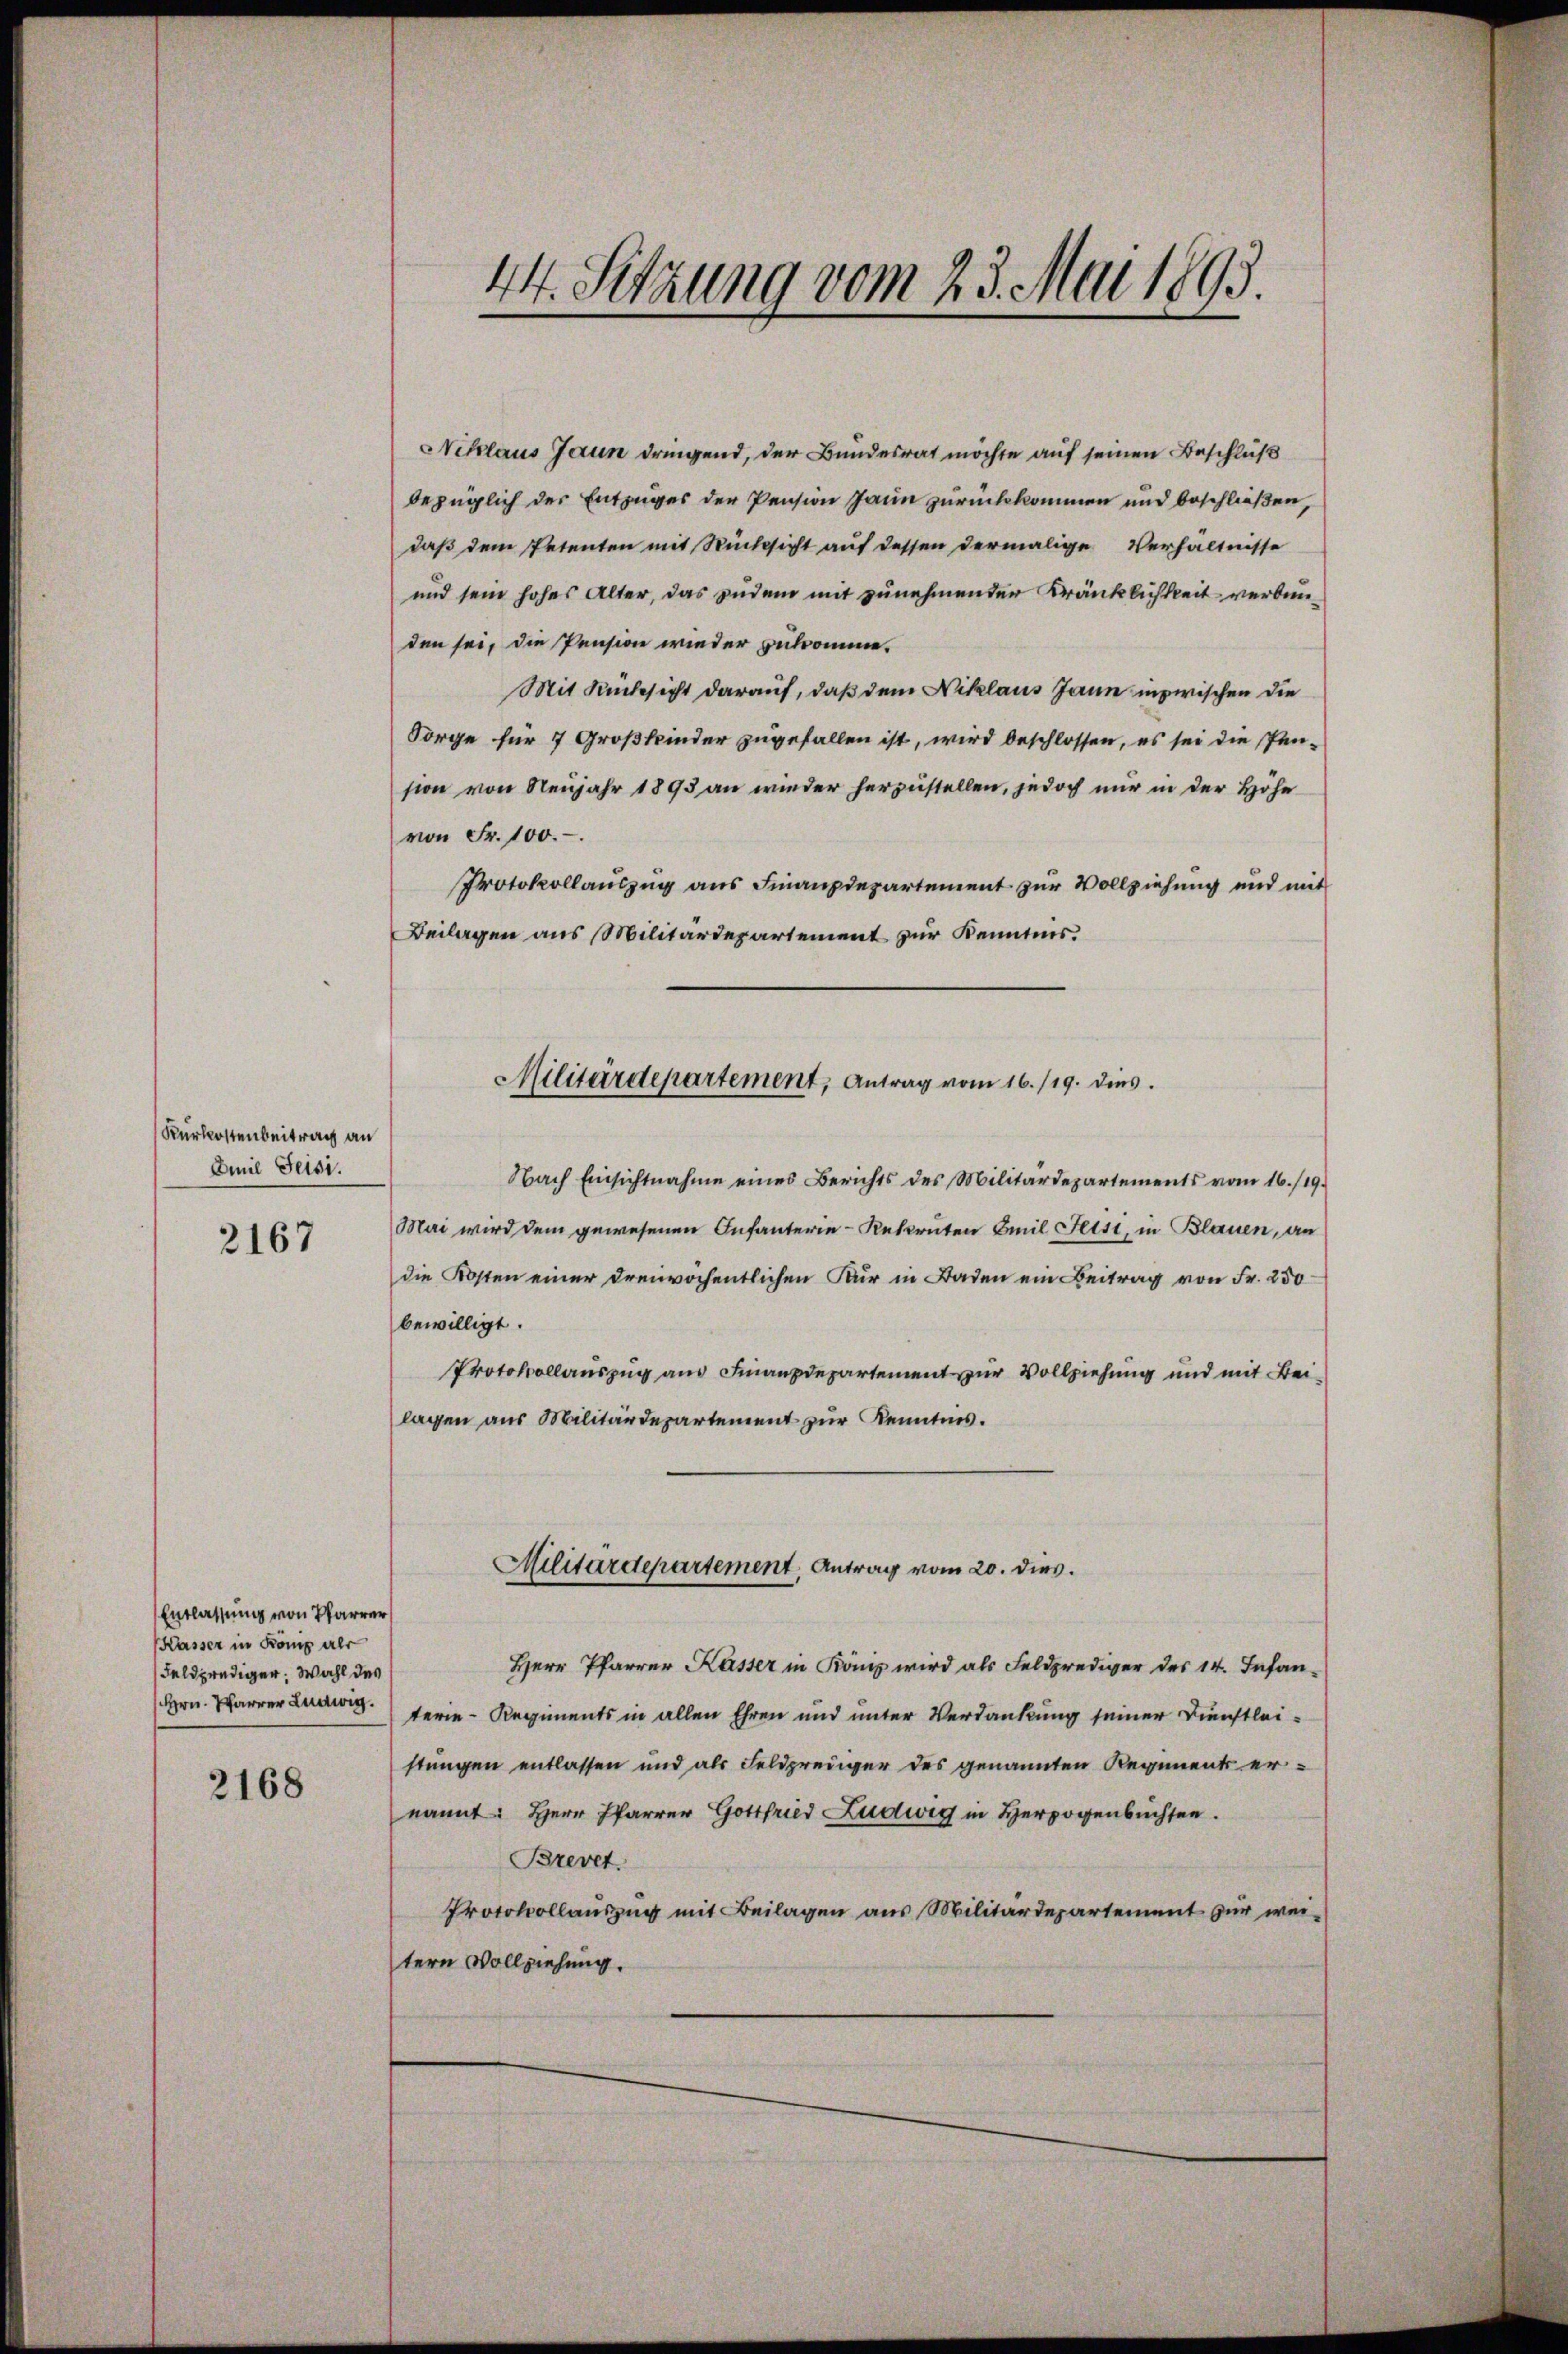
Kurkostenbeitrag an
Emil Seisi.

2167

Entlassung von Pfarrer
Kasser in König als
Feldprediger. Wahl des
Hrn. Pfarrer Ludwig

2168

44. Sitzung vom 23. Mai 1893.

Niklaus Jaun dringend, der Bundesrat möchte auf seinen Beschluß
bezüglich der Entzuges der Pension Jann zurückkommen und beschließen,
daß dem Petenten mit Rücksicht auf dessen dermalige Verhältnisse
und sein hohes Alter, das zudem mit zunehmender Kränklichkeit verbunden sei, die Pension wieder zukomme.
Mit Rücksicht darauf, daß dem Niklaus Jann inzwischen die
Sorge für 7 Großkinder zugefallen ist, wird beschlossen, es sei die Pen-
sion von Neujahr 1893 an wieder herzustellen, jedoch nur in der Höhe
von Fr. 100.
Protokollauszug aus Finanzdepartement zur Vollziehung und mit
Beilagen aus Militärdepartement zur Kenntnis.
Nach Einsichtnahme eines Berichts des Militärdepartements vom 16./19.
Mai wird dem gewesenen Infanterie-Rekruten Emil Fetsi, in Blauen, an
die Kosten einer dreiwöchentlichen Kur in Baden ein Beitrag von Fr. 250
bewilligt.
Protokollauszug aus Finanzdepartement zur Vollziehung und mit Beilagen aus Militärdepartement zur Kenntnis.
Militärdepartement, Antrag vom 20. dies.
Herr Pfarrer Kasser in Könis wird als Feldprediger des 14. Infan-
terie-Regiments in allen Ehren und unter Verdankung seiner Dienstleistungen entlassen und als Feldprediger des genannten Regiment ernannt: Herr Pfarrer Gottfried Ludwig in Herzogenbüchsen.
Brevet.
Protokollauszug mit Beilagen aus Militärdepartement zur weitern Vollziehung.

Militärdepartement, Antrag vom 16./19. dies